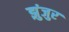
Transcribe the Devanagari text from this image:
झुंजुर